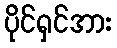
ပိုင်ရှင်အား